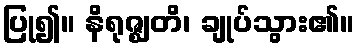
ပြု၍။ နိရုဇ္ဈတိ၊ ချုပ်သွား၏။